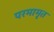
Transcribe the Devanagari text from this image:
परमामृत